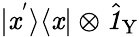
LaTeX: |\mathit{x}^{'}\rangle\langle\mathit{x}|\otimes\hat{{\textbf{{\textit{{1}}}}\, }}_{\! \mathrm{{Y}}}